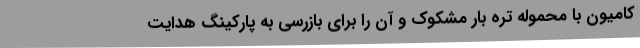
کامیون با محموله تره بار مشکوک و آن را برای بازرسی به پارکینگ هدایت